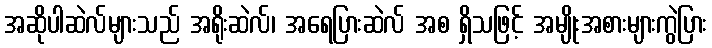
အဆိုပါဆဲလ်များသည် အရိုးဆဲလ်၊ အရေပြားဆဲလ် အစ ရှိသဖြင့် အမျိုးအစားများကွဲပြား